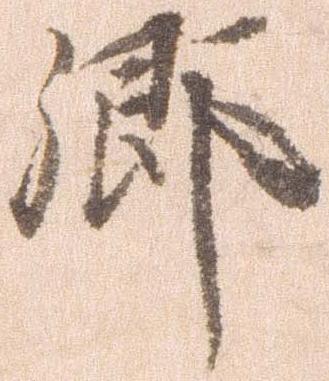
郷